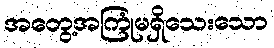
အတွေ့အကြုံမရှိသေးသော